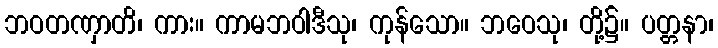
ဘဝတဏှာတိ၊ ကား။ ကာမဘဝါဒီသု၊ ကုန်သော။ ဘဝေသု၊ တို့၌။ ပတ္တနာ၊